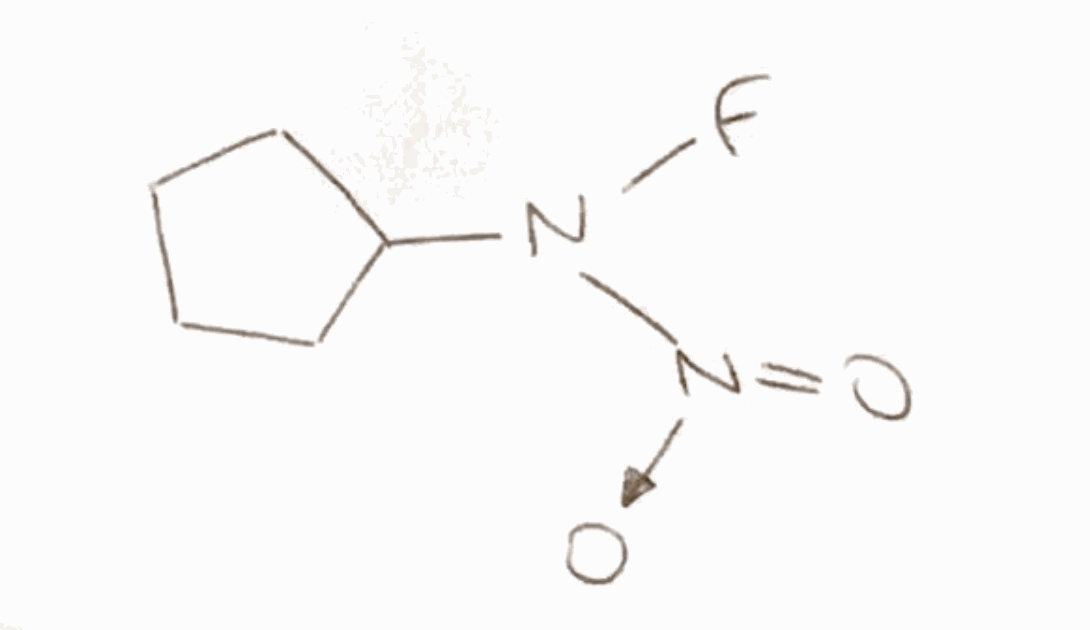
Simplified molecular-input line-entry system (SMILES) notation of the given molecule:
C1CCC(C1)N([N+](=O)[O-])F